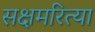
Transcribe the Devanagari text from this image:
सक्षमरित्या